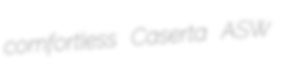
comfortless Caserta ASW